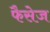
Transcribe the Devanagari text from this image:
फैसेज